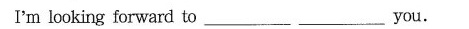
I'm looking forward to ___ ___ you.